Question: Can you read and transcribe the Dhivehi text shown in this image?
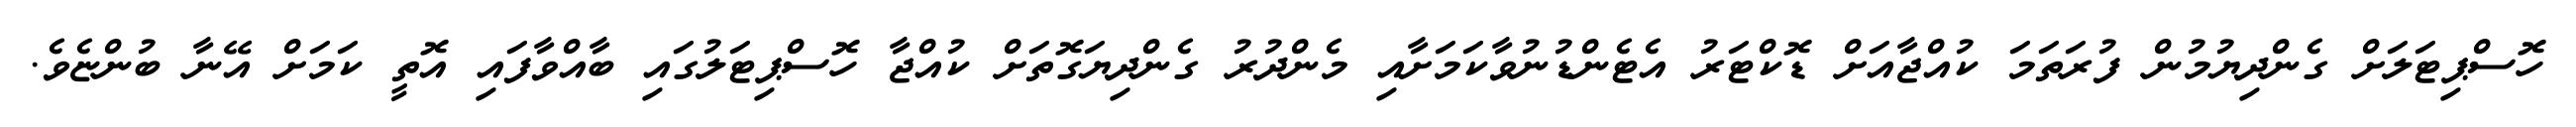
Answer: ހޮސްޕިޓަލަށް ގެންދިޔުމުން ފުރަތަމަ ކުއްޖާއަށް ޑޮކްޓަރު އެޓެންޑުނުވާކަމަށާއި މެންދުރު ގެންދިޔަގޮތަށް ކުއްޖާ ހޮސްޕިޓަލުގައި ބާއްވާފައި އޮތީ ކަމަށް އޭނާ ބުންޏެވެ.